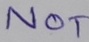
Text: NOT